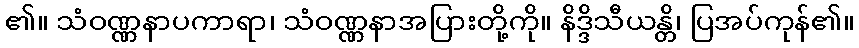
၏။ သံဝဏ္ဏနာပကာရာ၊ သံဝဏ္ဏနာအပြားတို့ကို။ နိဒ္ဒိသီယန္တိ၊ ပြအပ်ကုန်၏။